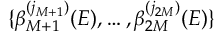
\{ \beta _ { M + 1 } ^ { ( j _ { M + 1 } ) } ( E ) , \dots , \beta _ { 2 M } ^ { ( j _ { 2 M } ) } ( E ) \}